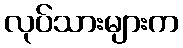
လုပ်သားများက